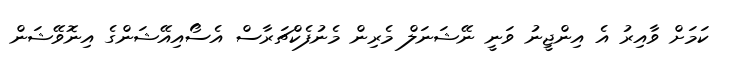
ކަމަށް ވާއިރު އެ އިންޖީނު ވަނީ ނޭޝަނަލް މެރިން މެނުފެކްޗަރާސް އެސޯއިއޭޝަންގެ އިނޮވޭޝަން